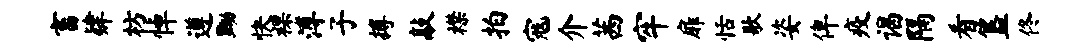
畜肄枋悼遵黝快裸溥子搏敲襟拍寇介茜牢扉恬歌姿俾疫谒隔看簋佟